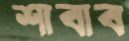
শাবাব